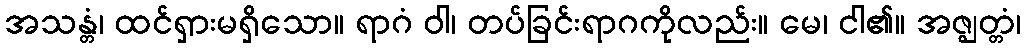
အသန္တံ၊ ထင်ရှားမရှိသော။ ရာဂံ ဝါ၊ တပ်ခြင်းရာဂကိုလည်း။ မေ၊ ငါ၏။ အဇ္ဈတ္တံ၊